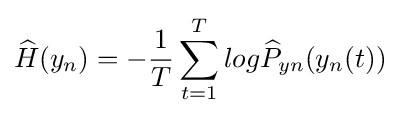
{\widehat {H}}(y_{n})=-{\frac {1}{T}}\sum _{t=1}^{T}log{\widehat {P}}_{yn}(y_{n}(t))